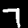
Digit: 7